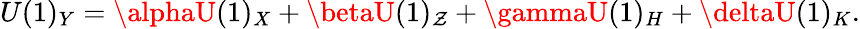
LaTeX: U(1)_{Y}=\alphaU(1)_{X}+\betaU(1)_{\mathcal{Z}}+\gammaU(1)_{H}+\deltaU(1)_{K}.